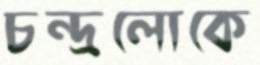
চন্দ্রলোকে